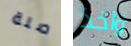
صلة واخذ